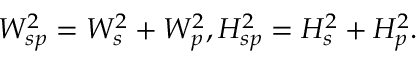
W _ { s p } ^ { 2 } = W _ { s } ^ { 2 } + W _ { p } ^ { 2 } , H _ { s p } ^ { 2 } = H _ { s } ^ { 2 } + H _ { p } ^ { 2 } .